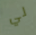
لي